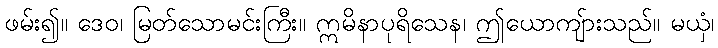
ဖမ်း၍။ ဒေဝ၊ မြတ်သောမင်းကြီး။ ဣမိနာပုရိသေန၊ ဤယောကျ်ားသည်။ မယှံ၊